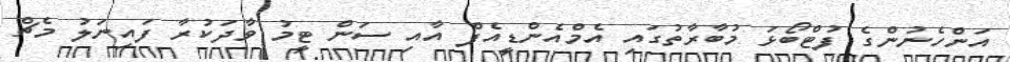
އަންހެނުންގެ ފުޓްބޯޅަ މުބާރާތުގައި އެމްއެންޑީއެފް އާއި ސަން ޓީމު ވާދަކުރާ ފައިނަލު މެޗް